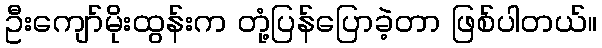
ဦးကျော်မိုးထွန်းက တုံ့ပြန်ပြောခဲ့တာ ဖြစ်ပါတယ်။